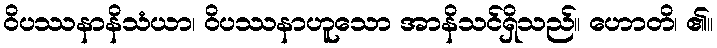
ဝိပဿနာနိသံယာ၊ ဝိပဿနာဟူသော အာနိသင်ရှိသည်။ ဟောတိ၊ ၏။